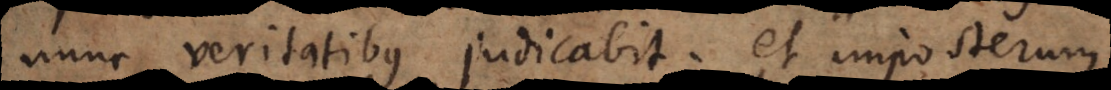
nunc veritatibus judicabit; et imposterum